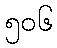
၅၀၆